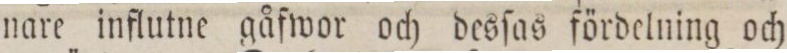
nare influtne gåfwor och desſas fördelning och